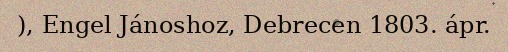
), Engel Jánoshoz, Debrecen 1803. ápr.